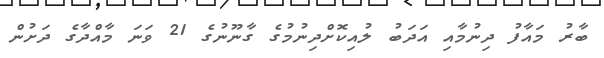
ބާރު މައާފު ދިނުމާއި އަދަބު ލުއިކޮށްދިނުމުގެ ގާނޫނުގެ 21 ވަނަ މާއްދާގެ ދަށުން